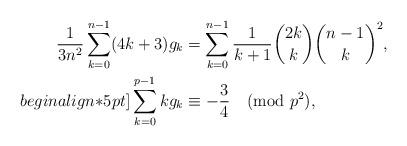
LaTeX: \begin{align*}\frac{1}{3n^2}\sum_{k=0}^{n-1}(4k+3)g_k&=\sum_{k=0}^{n-1}\frac{1}{k+1}{2k\choose k}{n-1\choose k}^2,\\begin{align*}5pt]\sum_{k=0}^{p-1}kg_k&\equiv -\frac{3}{4} \pmod{p^2},\end{align*}